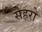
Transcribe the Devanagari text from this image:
सेहरो